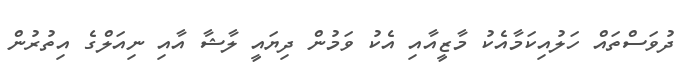
ދުވަސްތައް ހަލުއިކަމާއެކު މާޒީއާއި އެކު ވަމުން ދިޔައީ ލާޝާ އާއި ނިއަލްގެ އިތުރުން